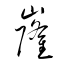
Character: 嶐